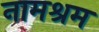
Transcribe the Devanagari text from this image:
नामश्रम